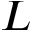
L